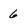
Character: 6